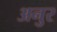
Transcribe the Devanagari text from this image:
अनुर